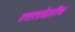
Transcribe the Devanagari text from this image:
उत्तरप्रदेशीय